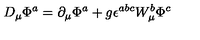
D _ { \mu } \Phi ^ { a } = \partial _ { \mu } \Phi ^ { a } + g \epsilon ^ { a b c } W _ { \mu } ^ { b } \Phi ^ { c }